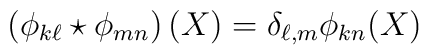
\left( \phi _{k\ell }\star \phi _{mn}\right) (X)=\delta _{\ell ,m}\phi_{kn}(X)